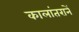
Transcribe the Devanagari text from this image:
कालांतरानें